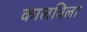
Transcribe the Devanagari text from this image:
कालविला